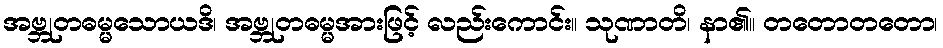
အဗ္ဘုတဓမ္မသောယဒိ၊ အဗ္ဘုတဓမ္မအားဖြင့် လည်းကောင်း။ သုဏာတိ၊ နာ၏။ တတောတတော၊